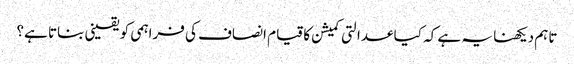
تاہم دیکھنا یہ ہے کہ کیا عدالتی کمیشن کا قیام انصاف کی فراہمی کو یقینی بناتا ہے؟